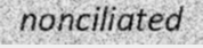
nonciliated